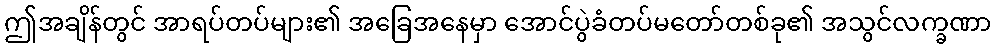
ဤအချိန်တွင် အာရပ်တပ်များ၏ အခြေအနေမှာ အောင်ပွဲခံတပ်မတော်တစ်ခု၏ အသွင်လက္ခဏာ